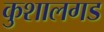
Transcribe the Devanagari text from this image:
कुशालगड